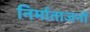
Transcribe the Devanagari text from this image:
निर्माताजनों